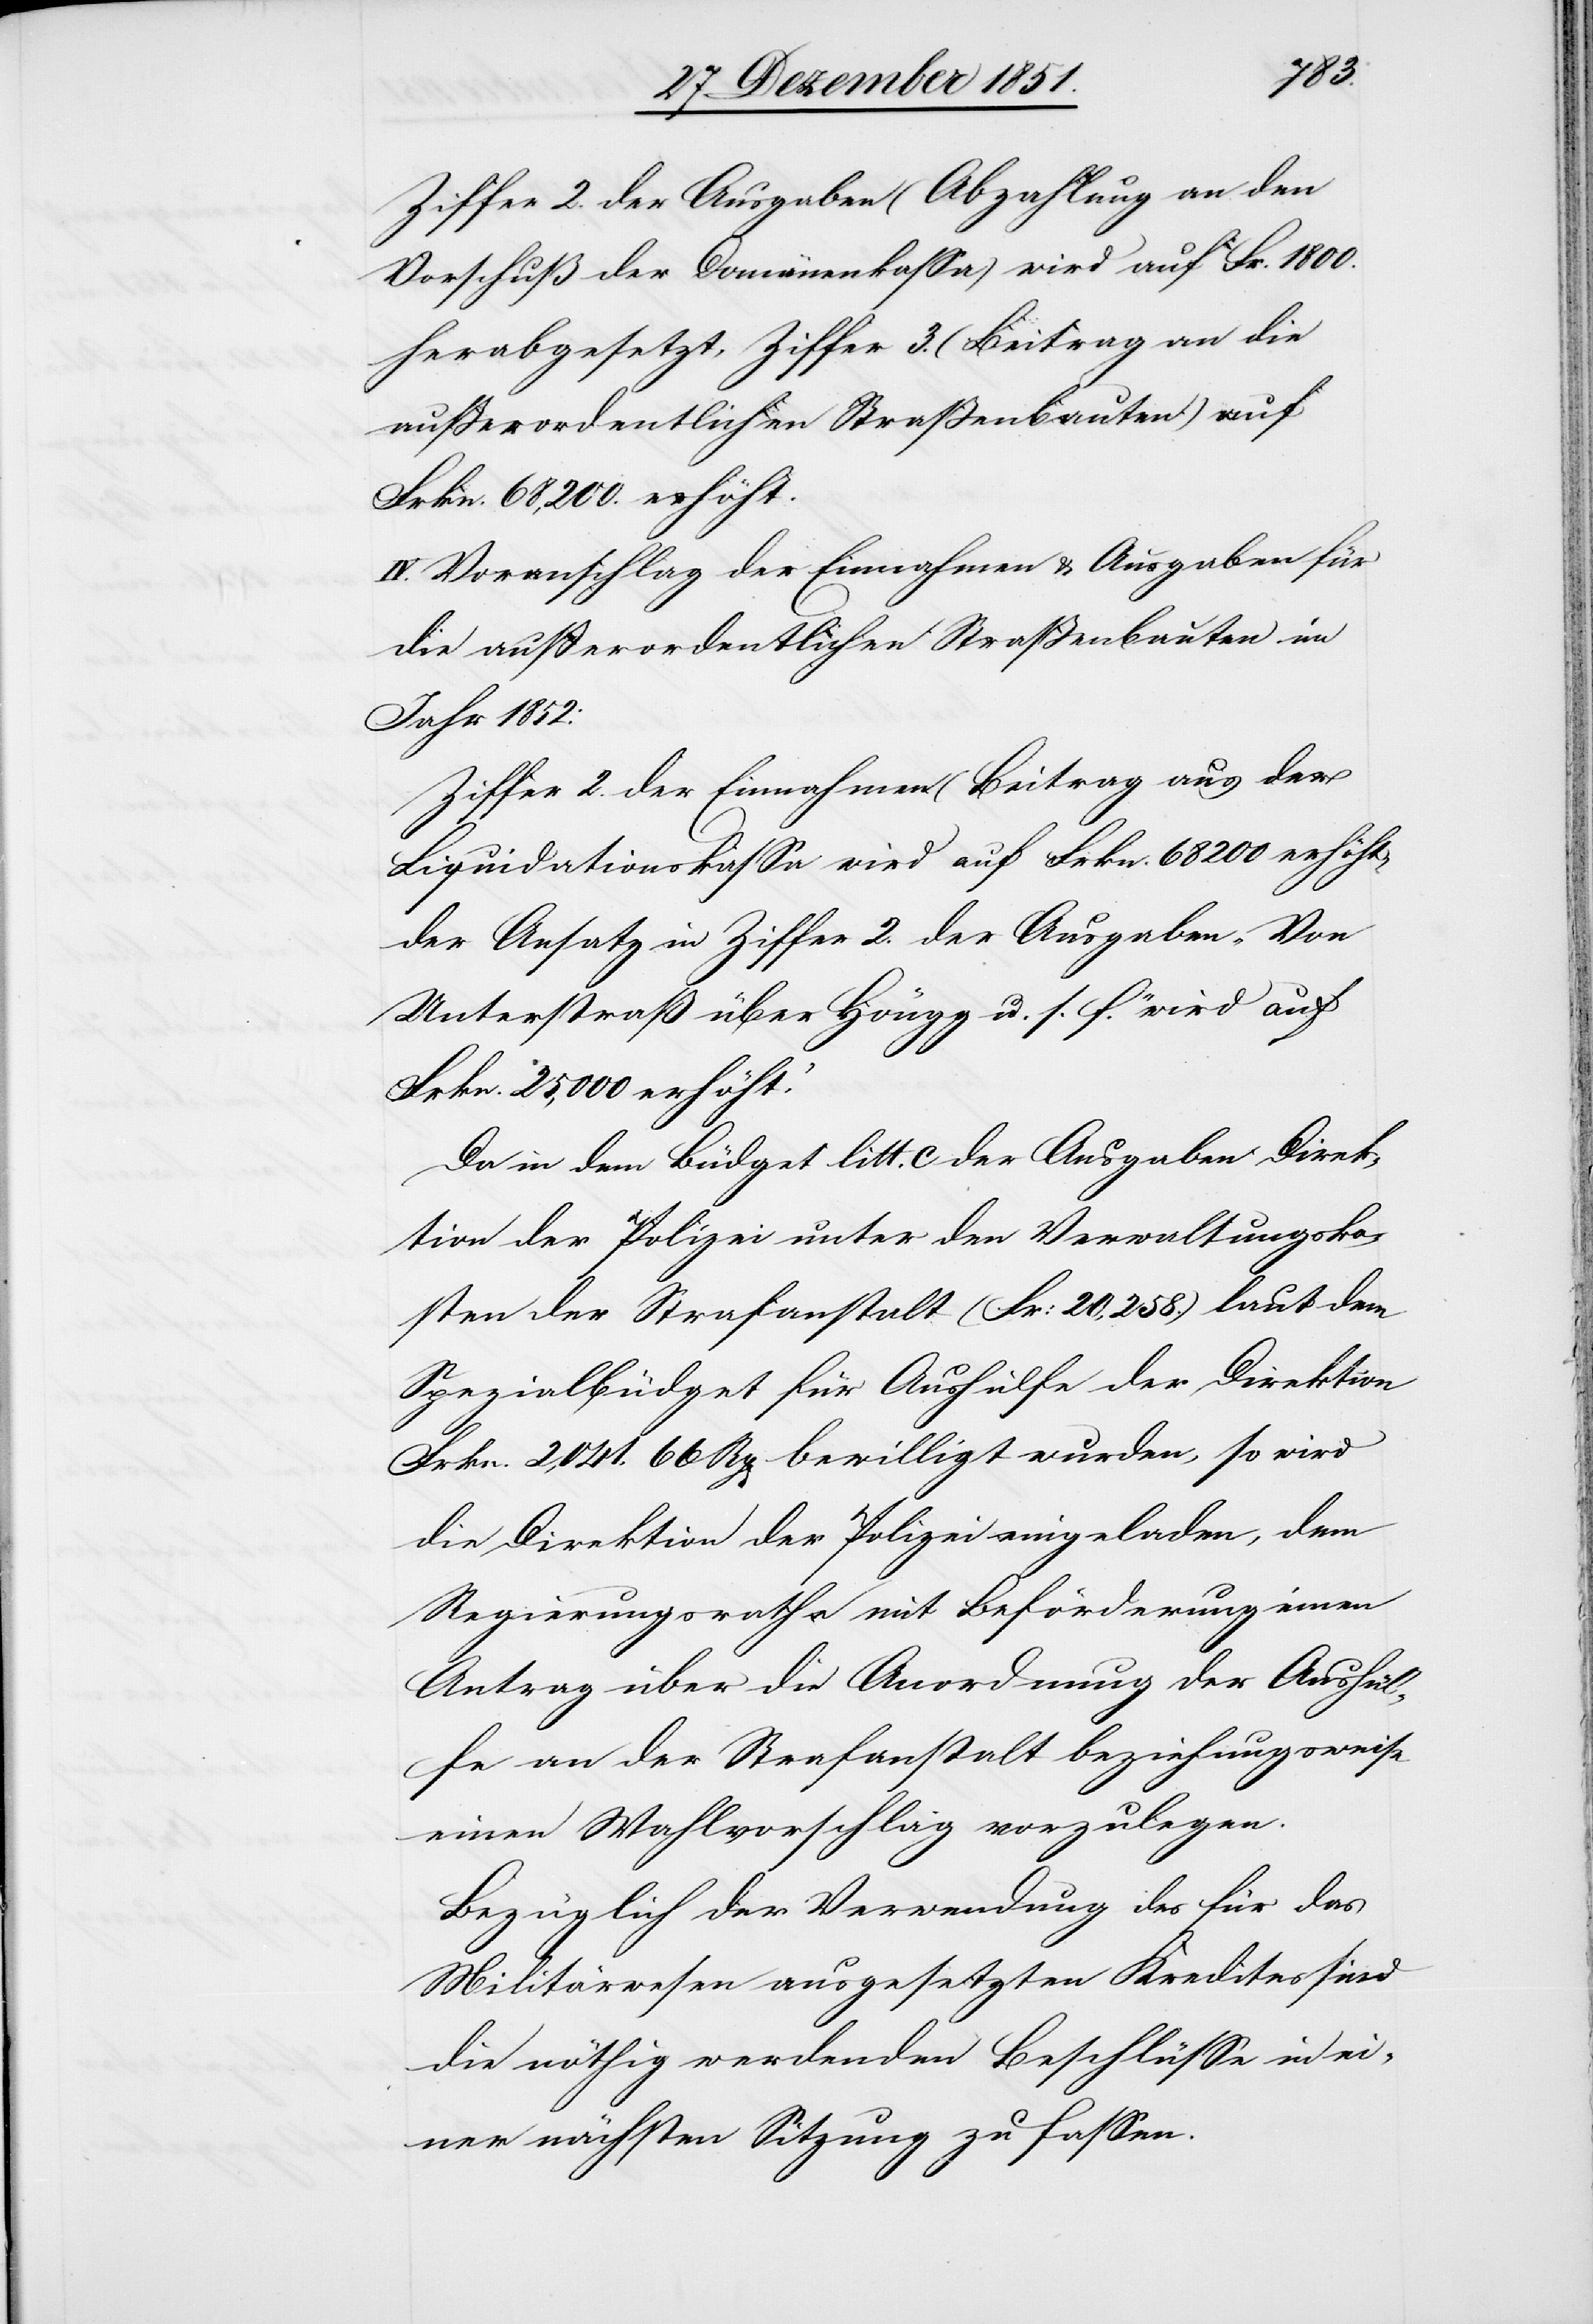
Ziffer 2. der Ausgaben (Abzahlung an den
Vorschuß der Domänenkassa) wird auf Fr. 1800.
herabgesetzt, Ziffer 3. (Beitrag an die
außerordentlichen Straßenbauten) auf
Frkn. 68,200. erhöht.
IV. Voranschlag der Einnahmen & Ausgaben für
die außerordentlichen Straßenbauten im
Jahr 1852:
Ziffer 2. der Einnahmen (Beitrag aus der
Liquidationskassa[)] wird auf Frkn. 68 200 erhöht,
der Ansatz in Ziffer 2. der Ausgaben ‚Von
Unterstraß über Höngg u. s. f.‘ wird auf
Frkn. 25,000 erhöht.“
Da in dem Büdget litt. c der Ausgaben Direk¬
tion der Polizei unter den Verwaltungsko¬
sten der Strafanstalt (Fr: 20,258.) laut dem
Spezialbüdget für Aushülfe der Direktion
Frkn. 2,041. 66 Rp[en] bewilligt wurden, so wird
die Direktion der Polizei eingeladen, dem
Regierungsrathe mit Beförderung einen
Antrag über die Anordnung der Aushül¬
fe an der Strafanstalt beziehungsweise
einen Wahlvorschlag vorzulegen.
Bezüglich der Verwendung des für das
Militärwesen ausgesetzten Kredites sind
die nöthig werdenden Beschlüsse in ei¬
ner nächsten Sitzung zu fassen.